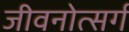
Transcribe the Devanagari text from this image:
जीवनोत्सर्ग